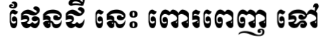
ផែនដី នេះ ពោរពេញ ទៅ